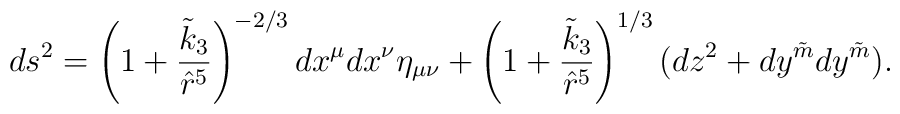
ds^2=\left(1+\frac{\tilde k_3}{\hat r^5}\right)^{-2/3}dx^{\mu}dx^{\nu}\eta_{\mu\nu}  +\left(1+\frac{\tilde k_3}{\hat r^5}\right)^{1/3}(dz^2+dy^{\tilde{m}}dy^{\tilde{m}}).